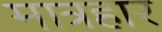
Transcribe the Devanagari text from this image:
मात्रहार